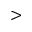
>